Leaving Certificate Examination (including Day School Certificate (Higher) General paper), 1937
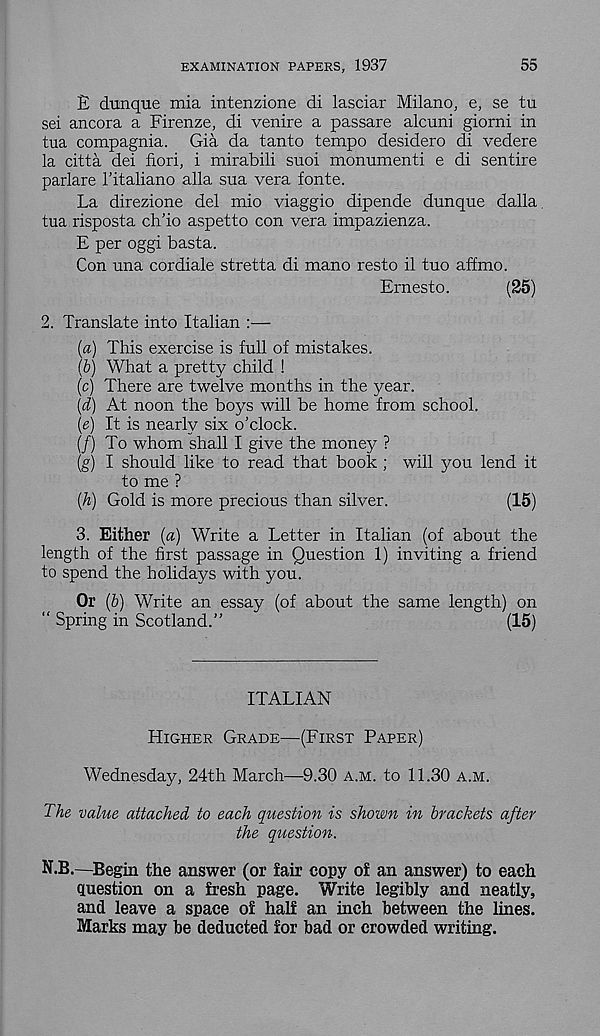
EXAMINATION PAPERS, 1937
55
E dunque mia intenzione di lasciar Milano, e, se tu
sei ancora a Firenze, di venire a passare alcuni giorni in
tua compagnia. Gia da tanto tempo desidero di vedere
la citta dei fieri, i mirabili suoi monumenti e di sentire
parlare Titaliano alia sua vera fonte.
La direzione del mio viaggio dipende dunque dalla
tua risposta chfio aspetto con vera impazienza.
E per oggi basta.
Con una cor diale stretta di mano resto il tuo affmo.
Ernesto.
(25)
2. Translate into Italian
(a) This exercise is full of mistakes.
(b) What a pretty child !
(c) There are twelve months in the year.
{d) At noon the boys will be home from school.
(e) It is nearly six o’clock.
(/) To whom shall I give the money ?
(g) I should like to read that book ; will you lend it
to me ?
(h) Gold is more precious than silver.
(15)
3. Either (a) Write a Letter in Italian (of about the
length of the first passage in Question 1) inviting a friend
to spend the holidays with you.
Or (b) Write an essay (of about the same length) on
“ Spring in Scotland.”
(15)
ITALIAN
Higher Grade—(First Paper)
Wednesday, 24th March—9.30 a.m. to 11.30 a.m.
The value attached to each question is shown in brackets after
the question.
N.B.—Begin the answer (or fair copy of an answer) to each
question on a fresh page. Write legibly and neatly,
and leave a space of half an inch between the lines.
Marks may be deducted for bad or crowded writing.